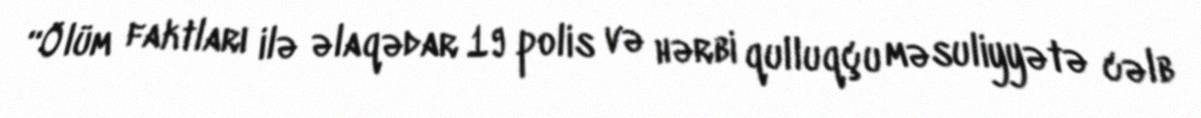
“Ölüm faktları ilə əlaqədar 19 polis və hərbi qulluqçu məsuliyyətə cəlb